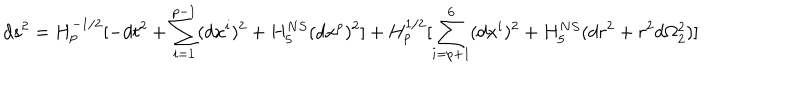
d s ^ { 2 } = H _ { p } ^ { - 1 / 2 } [ - d t ^ { 2 } + \sum _ { i = 1 } ^ { p - 1 } ( d x ^ { i } ) ^ { 2 } + H _ { 5 } ^ { N S } ( d x ^ { p } ) ^ { 2 } ] + H _ { p } ^ { 1 / 2 } [ \sum _ { i = p + 1 } ^ { 6 } ( d x ^ { i } ) ^ { 2 } + H _ { 5 } ^ { N S } ( d r ^ { 2 } + r ^ { 2 } d \Omega _ { 2 } ^ { 2 } ) ]